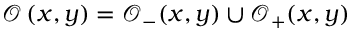
\mathcal { O } \left( x , y \right) = \mathcal { O } _ { - } ( x , y ) \cup \mathcal { O } _ { + } ( x , y )